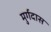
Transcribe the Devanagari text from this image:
मुर्गदास